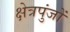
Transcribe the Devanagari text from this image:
क्षेत्रपुंजों